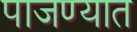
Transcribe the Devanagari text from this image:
पाजण्यात